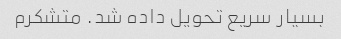
بسیار سریع تحویل داده شد. متشکرم